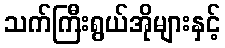
သက်ကြီးရွယ်အိုများနှင့်